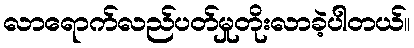
လာရောက်လည်ပတ်မှုတိုးလာခဲ့ပါတယ်။